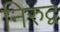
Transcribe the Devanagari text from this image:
निरुद्व